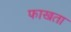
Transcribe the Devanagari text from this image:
फाखता